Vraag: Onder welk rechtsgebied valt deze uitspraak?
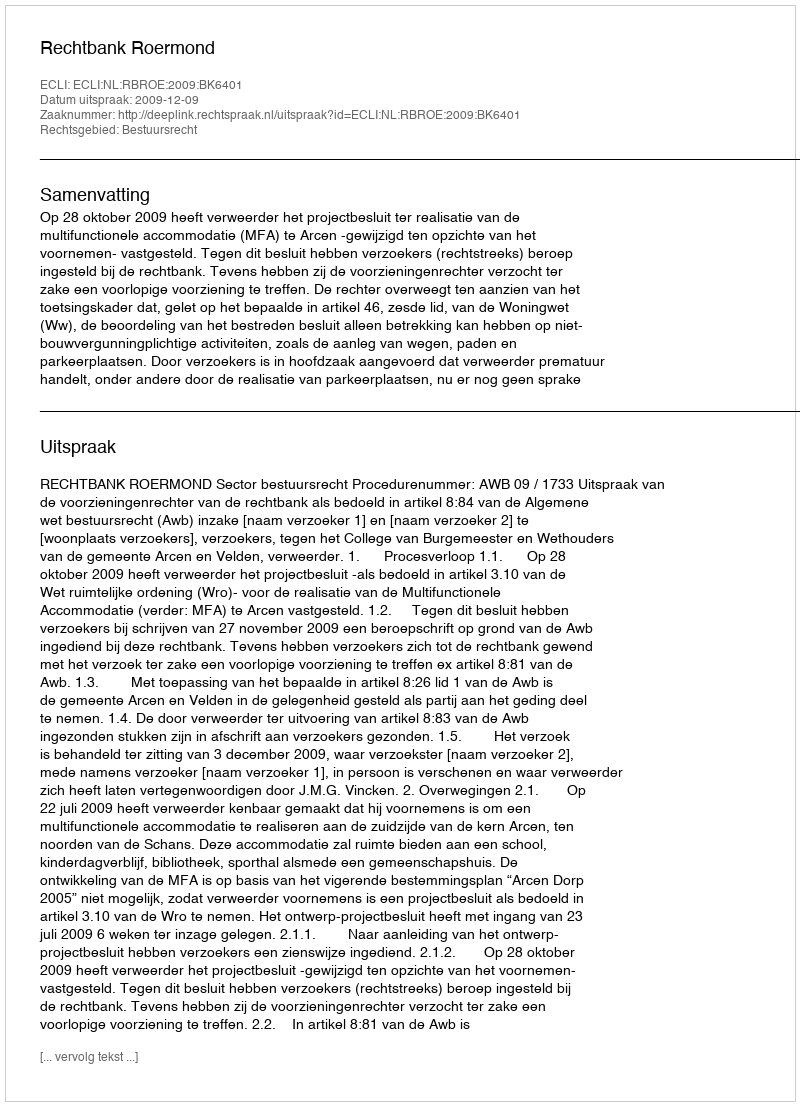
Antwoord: Bestuursrecht